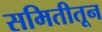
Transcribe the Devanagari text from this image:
समितीतून